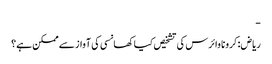
-
ریاض: کرونا وائرس کی تشخیص کیا کھانسی کی آواز سے ممکن ہے؟